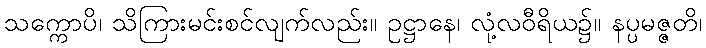
သက္ကောပိ၊ သိကြားမင်းစင်လျက်လည်း။ ဥဋ္ဌာနေ၊ လုံ့လဝီရိယ၌။ နပ္ပမဇ္ဇတိ၊